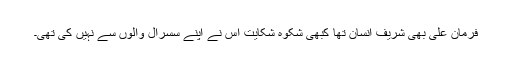
فرمان علی بھی شریف انسان تھا کبھی شکوہ شکایت اس نے اپنے سسرال والوں سے نہیں کی تھی۔